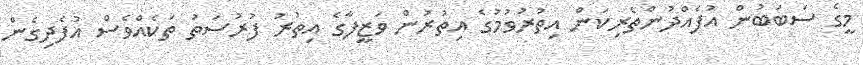
މީގެ ސަބަބުން އުފެއްދުންތެރިކަން އިތުރުވުމުގެ އިތުރުން ވަޒީފާގެ އިތުރު ފުރުސަތު ތަކެއްވެސް އުފެދިގެން